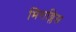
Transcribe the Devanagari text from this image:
मिराब्लिस